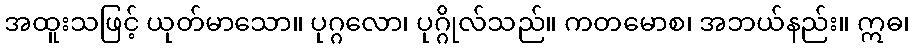
အထူးသဖြင့် ယုတ်မာသော။ ပုဂ္ဂလော၊ ပုဂ္ဂိုလ်သည်။ ကတမောစ၊ အဘယ်နည်း။ ဣဓ၊